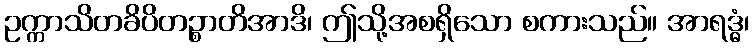
ဥက္ကာသိတခိပိတဉ္စာတိအာဒိ၊ ဤသို့အစရှိသော စကားသည်။ အာရဒ္ဓံ၊